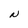
Character: N